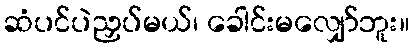
ဆံပင်ပဲညှပ်မယ်၊ ခေါင်းမလျှော်ဘူး။